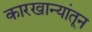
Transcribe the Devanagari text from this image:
कारखान्यांतून